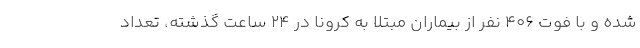
شده و با فوت ۴۰۶ نفر از بیماران مبتلا به کرونا در ۲۴ ساعت گذشته، تعداد